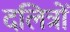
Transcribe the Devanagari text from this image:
दलित्रों